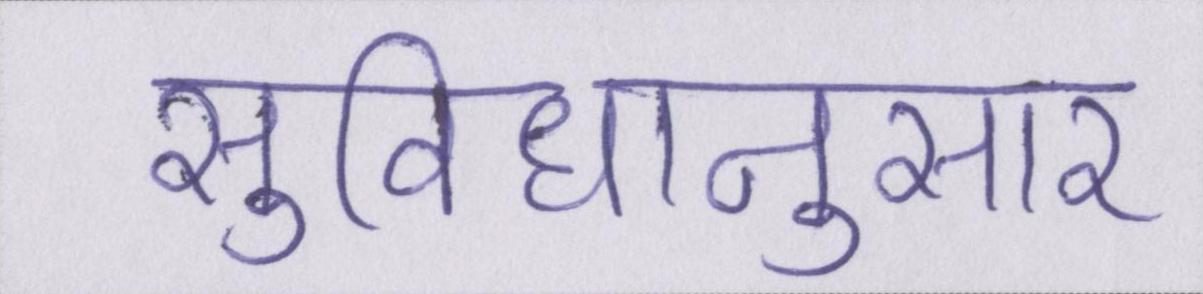
सुविधानुसार